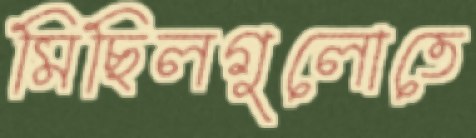
মিছিলগুলোতে